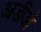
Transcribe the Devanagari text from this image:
आडीओ